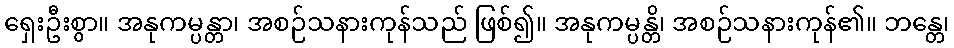
ရှေးဦးစွာ။ အနုကမ္ပန္တာ၊ အစဉ်သနားကုန်သည် ဖြစ်၍။ အနုကမ္ပန္တိ၊ အစဉ်သနားကုန်၏။ ဘန္တေ၊